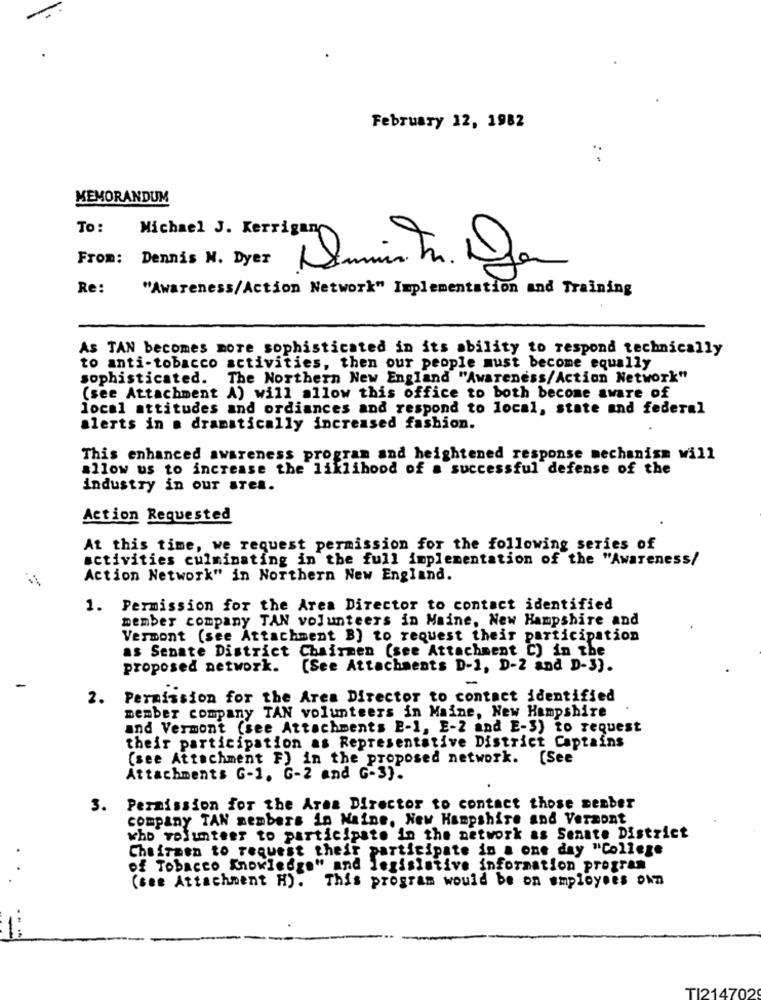
February 12, 1982
MEMORANDUM
To :
Michael J. Kerrigan
From: Dennis N. Dyer
1
Re:
"Awareness/Action Network" Implementation and Training
As TAN becomes more sophisticated in its ability to respond technically
to anti-tobacco activities, then our people must become equally
sophisticated. The Northern New England "Awareness/Action Network"
(see Attachment A) will allow this office to both become aware of
local attitudes and ordiances and respond to local, state and federal
alerts in . dramatically increased fashion.
This enhanced awareness program and heightened response mechanism will
allow us to increase the liklihood of a successful defense of the
industry in our area.
Action Requested
At this time, we request permission for the following series of
activities culminating in the full implementation of the "Awareness/
Action Network" in Northern New England.
1. Permission for the Area Director to contact identified
member company TAN volunteers in Maine, New Hampshire and
Vermont (see Attachment B) to request their participation
as Senate District Chairmen (see Attachment C) in the
proposed network.
(See Attachments D-1, D-2 and D-3).
2. Permission for the Area Director to contact identified
member company TAN volunteers in Maine, New Hampshire
and Vermont (see Attachments E-1, E-2 and E-3) to request
their participation as Representative District Captains
(see Attachment F) in the proposed network. [See
Attachments G-1. G-2 and G-3).
3. Permission for the Area Director to contact those menber
company TAN members in Maine, New Hampshire and Vermont
who volunteer to participate in the network as Senate District
Cheiraen to request their participate in a one day "College
of Tobacco Knowledge" and legislative information program
...
(see Attachment H).
This program would be on employees own
1:
TI214702